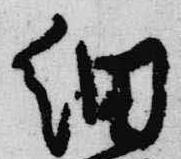
細